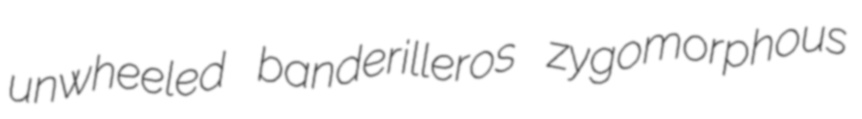
unwheeled banderilleros zygomorphous